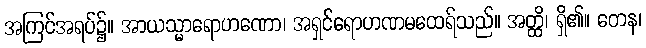
အကြင်အရပ်၌။ အာယသ္မာရောဟဏော၊ အရှင်ရောဟဏမထေရ်သည်။ အတ္ထိ၊ ရှိ၏။ တေန၊